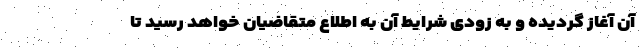
آن آغاز گردیده و به زودی شرایط آن به اطلاع متقاضیان خواهد رسید تا